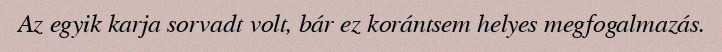
Az egyik karja sorvadt volt, bár ez korántsem helyes megfogalmazás.